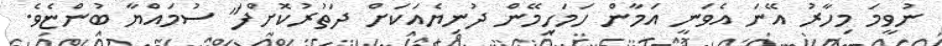
ނުވީމަ މިހާރު އޭނަ އެވަނީ އަމާން ހަމަހިމޭން ދުނިޔެއަކަށް ދަތުރުކޮށްފަ" ސުމައްޔާ ބުންޏެވެ.